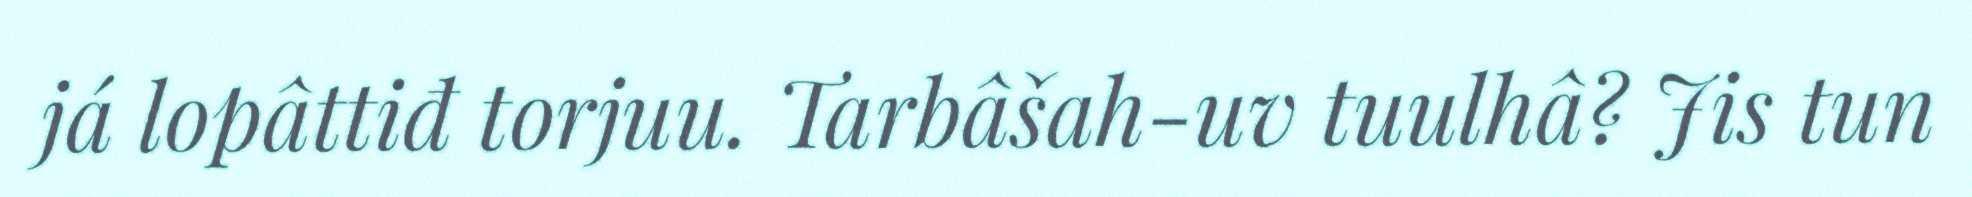
já lopâttiđ torjuu. Tarbâšah-uv tuulhâ? Jis tun